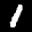
Label: 1